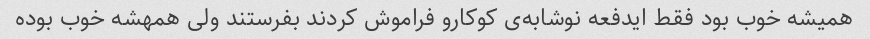
همیشه خوب بود فقط ایدفعه نوشابه‌ی کوکارو فراموش کردند بفرستند ولی همهشه خوب بوده